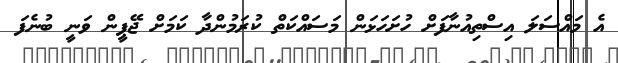
އެ މައްސަލަ އިސްތިއުނާފަށް ހުށަހަޅަން މަސައްކަތް ކުރަމުންދާ ކަމަށް ޖޭޕީން ވަނީ ބުނެފަ